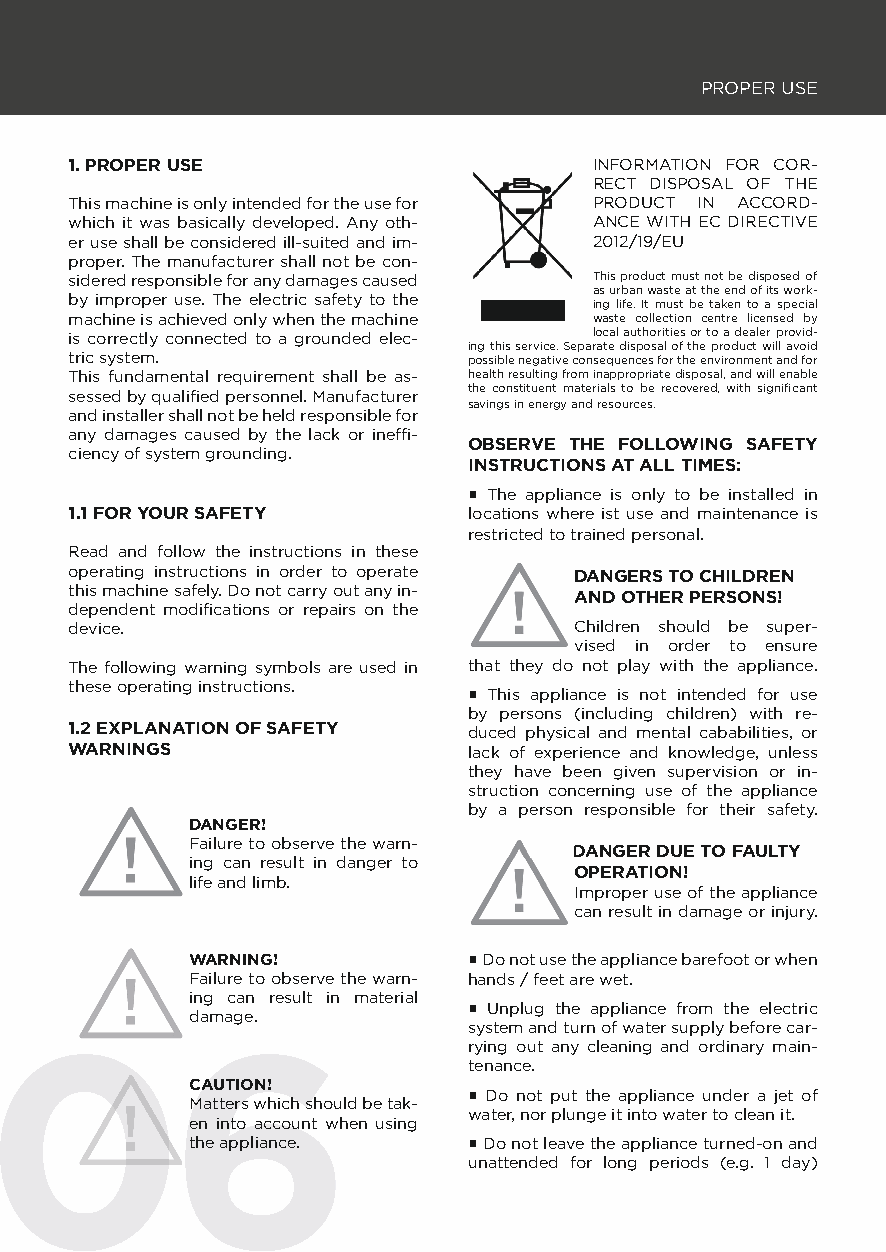
PROPER USE
 1. PROPER USE                     INFORMATION FOR COR-
 RECT DISPOSAL OF THE
 This machine is only intended for the use for PRODUCT IN ACCORD-
 which it was basically developed. Any oth- ANCE WITH EC DIRECTIVE
 er use shall be considered ill-suited and im- 2012/19/EU
 proper. The manufacturer shall not be con-
 sidered responsible for any damages caused This product must not be disposed of
 as urban waste at the end of its work-
 by improper use. The electric safety to the ing life. It must be taken to a special
 machine is achieved only when the machine waste collection centre licensed by
 is correctly connected to a grounded elec- local authorities or to a dealer provid-
 ing this service. Separate disposal of the product will avoid
 tric system.              possible negative consequences for the environment and for
 This fundamental requirement shall be as- health resulting from inappropriate disposal, and will enable
 sessed by qualifi ed personnel. Manufacturer the constituent materials to be recovered, with signifi cant
 savings in energy and resources.
 and installer shall not be held responsible for
 any damages caused by the lack or ineffi -
 OBSERVE THE FOLLOWING SAFETY
 ciency of system grounding.
 INSTRUCTIONS AT ALL TIMES:
 ▪ The appliance is only to be installed in
 1.1 FOR YOUR SAFETY       locations where ist use and maintenance is
 restricted to trained personal.
 Read and follow the instructions in these
 operating instructions in order to operate DANGERS TO CHILDREN
 this machine safely. Do not carry out any in- AND OTHER PERSONS!
 dependent modifi cations or repairs on the
 device.                          Children should be super-
 vised in order to ensure
 The following warning symbols are used in that they do not play with the appliance.
 these operating instructions.
 ▪ This appliance is not intended for use
 by persons (including children) with re-
 1.2 EXPLANATION OF SAFETY duced physical and mental cababilities, or
 WARNINGS                  lack of experience and knowledge, unless
 they have been given supervision or in-
 struction concerning use of the appliance
 by a person responsible for their safety.
 DANGER!
 Failure to observe the warn-
 DDAANNGGEERR DDUUEE TTOO FFAAUULLTTYY
 ing can result in danger to
 OPERATION!
 life and limb.
 Improper use of the appliance
 can result in damage or injury.
 WARNING!          ▪ Do not use the appliance barefoot or when
 Failure to observe the warn- hands / feet are wet.
 ing can result in material
 damage.           ▪ Unplug the appliance from the electric
 0066                           system and turn of water supply before car-
 rying out any cleaning and ordinary main-
 tenance.
 CAUTION!
 Matters which should be tak- ▪ Do not put the appliance under a jet of
 water, nor plunge it into water to clean it.
 en into account when using
 the appliance.    ▪Do not leave the appliance turned-on and
 unattended for long periods (e.g. 1 day)